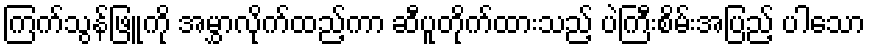
ကြက်သွန်ဖြူကို အမွှာလိုက်ထည့်ကာ ဆီပူတိုက်ထားသည့် ပဲကြီးစိမ်းအပြည့် ပါသော